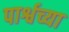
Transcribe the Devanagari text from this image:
पार्श्वच्या